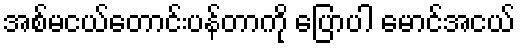
အစ်မငယ်တောင်းပန်တာကို ပြောပါ မောင်အငယ်